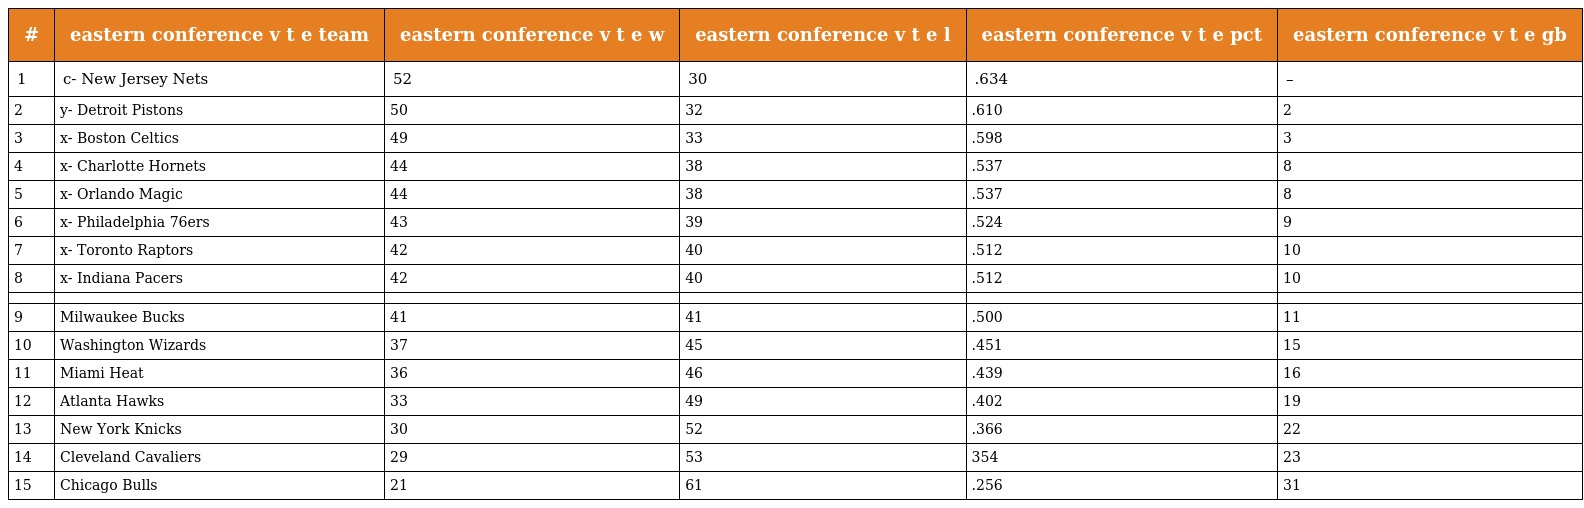
| # | eastern conference v t e team | eastern conference v t e w | eastern conference v t e l | eastern conference v t e pct | eastern conference v t e gb |
 | --- | --- | --- | --- | --- | --- |
 | 1 | c- New Jersey Nets | 52 | 30 | .634 | – |
 | 2 | y- Detroit Pistons | 50 | 32 | .610 | 2 |
 | 3 | x- Boston Celtics | 49 | 33 | .598 | 3 |
 | 4 | x- Charlotte Hornets | 44 | 38 | .537 | 8 |
 | 5 | x- Orlando Magic | 44 | 38 | .537 | 8 |
 | 6 | x- Philadelphia 76ers | 43 | 39 | .524 | 9 |
 | 7 | x- Toronto Raptors | 42 | 40 | .512 | 10 |
 | 8 | x- Indiana Pacers | 42 | 40 | .512 | 10 |
 |  |  |  |  |  |  |
 | 9 | Milwaukee Bucks | 41 | 41 | .500 | 11 |
 | 10 | Washington Wizards | 37 | 45 | .451 | 15 |
 | 11 | Miami Heat | 36 | 46 | .439 | 16 |
 | 12 | Atlanta Hawks | 33 | 49 | .402 | 19 |
 | 13 | New York Knicks | 30 | 52 | .366 | 22 |
 | 14 | Cleveland Cavaliers | 29 | 53 | 354 | 23 |
 | 15 | Chicago Bulls | 21 | 61 | .256 | 31 |